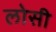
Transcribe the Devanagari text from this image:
लोसी